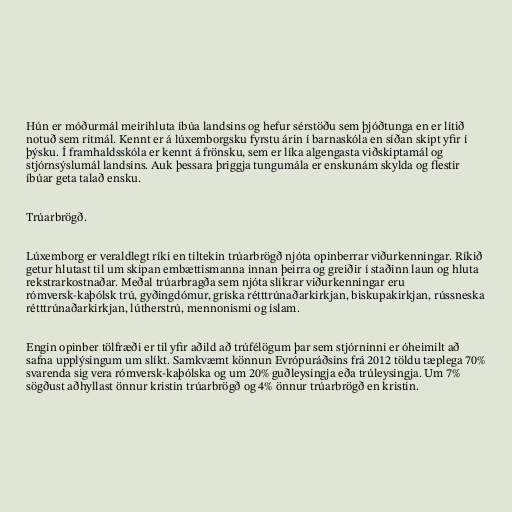
Hún er móðurmál meirihluta íbúa landsins og hefur sérstöðu sem þjóðtunga en er lítið
notuð sem ritmál. Kennt er á lúxemborgsku fyrstu árin í barnaskóla en síðan skipt yfir í
þýsku. Í framhaldsskóla er kennt á frönsku, sem er líka algengasta viðskiptamál og
stjórnsýslumál landsins. Auk þessara þriggja tungumála er enskunám skylda og flestir
íbúar geta talað ensku.

Trúarbrögð.

Lúxemborg er veraldlegt ríki en tiltekin trúarbrögð njóta opinberrar viðurkenningar. Ríkið
getur hlutast til um skipan embættismanna innan þeirra og greiðir í staðinn laun og hluta
rekstrarkostnaðar. Meðal trúarbragða sem njóta slíkrar viðurkenningar eru
rómversk-kaþólsk trú, gyðingdómur, gríska rétttrúnaðarkirkjan, biskupakirkjan, rússneska
rétttrúnaðarkirkjan, lútherstrú, mennonismi og íslam.

Engin opinber tölfræði er til yfir aðild að trúfélögum þar sem stjórninni er óheimilt að
safna upplýsingum um slíkt. Samkvæmt könnun Evrópuráðsins frá 2012 töldu tæplega 70%
svarenda sig vera rómversk-kaþólska og um 20% guðleysingja eða trúleysingja. Um 7%
sögðust aðhyllast önnur kristin trúarbrögð og 4% önnur trúarbrögð en kristin.